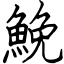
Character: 鮸